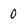
Character: 0